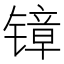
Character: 𲈗